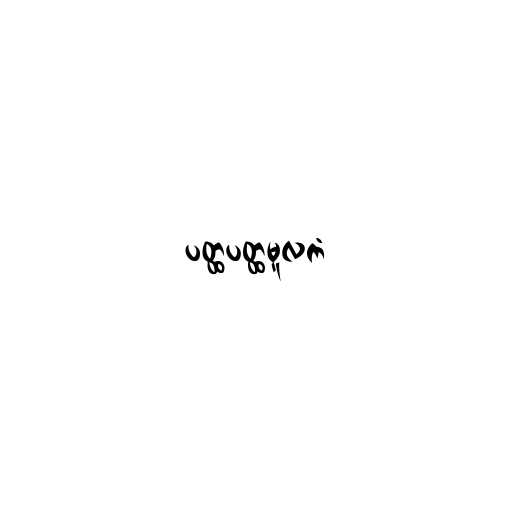
ပတ္ထပတ္ထမူလကံ